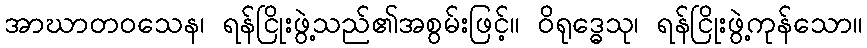
အာဃာတဝသေန၊ ရန်ငြိုးဖွဲ့သည်၏အစွမ်းဖြင့်။ ဝိရုဒ္ဓေသု၊ ရန်ငြိုးဖွဲ့ကုန်သော။